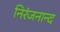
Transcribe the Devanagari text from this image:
निरंजनान्द